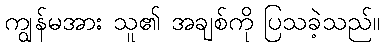
ကျွန်မအား သူ၏ အချစ်ကို ပြသခဲ့သည်။